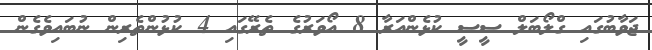
ޖަވާބުގައި ގްލޯބަލް ސީސީ ކުޅެންއަރާ 8 އޯވަރުގެ ތެރޭގައި 4 ކުޅުންތެރިން ނުބައިވެގެން